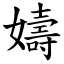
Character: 嬦